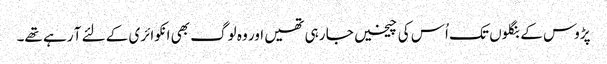
پڑوس کے بنگلوں تک اُس کی چیخیں جا رہی تھیں اور وہ لوگ بھی انکوائری کے لئے آ رہے تھے۔